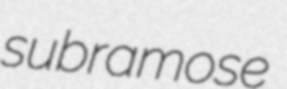
subramose